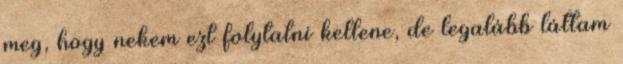
meg, hogy nekem ezt folytatni kellene, de legalább láttam